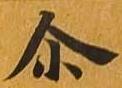
尓